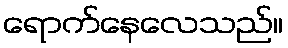
ရောက်နေလေသည်။